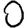
Digit: 0